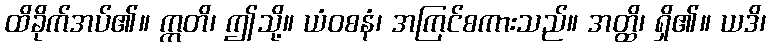
ထိခိုက်အပ်၏။ ဣတိ၊ ဤသို့။ ယံဝစနံ၊ အကြင်စကားသည်။ အတ္ထိ၊ ရှိ၏။ ယဒိ၊